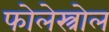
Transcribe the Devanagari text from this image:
फोलेस्त्रोल